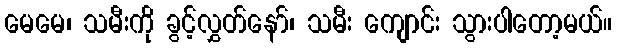
မေမေ၊ သမီးကို ခွင့်လွှတ်နော်၊ သမီး ကျောင်း သွားပါတော့မယ်။